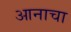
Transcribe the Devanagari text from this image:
आनाचा